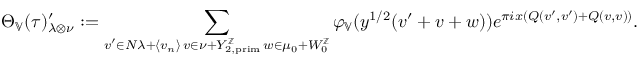
\Theta _ { \mathbb { V } } ( \tau ) _ { \lambda \otimes \nu } ^ { \prime } : = \sum _ { \substack { v ^ { \prime } \in N \lambda + \langle v _ { n } \rangle \, v \in \nu + Y _ { 2 , \mathrm { p r i m } } ^ { \mathbb { Z } } \, w \in \mu _ { 0 } + W _ { 0 } ^ { \mathbb { Z } } } } \varphi _ { \mathbb { V } } ( y ^ { 1 / 2 } ( v ^ { \prime } + v + w ) ) e ^ { \pi i x ( Q ( v ^ { \prime } , v ^ { \prime } ) + Q ( v , v ) ) } .